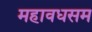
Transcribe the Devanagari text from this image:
महावधसम